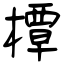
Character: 橝